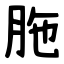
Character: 胣